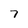
Character: 7